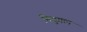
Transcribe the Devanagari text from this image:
निदुगल